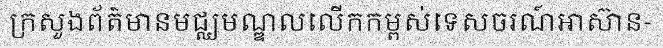
ក្រសួងព័ត៌មានមជ្ឈមណ្ឌលលើកកម្ពស់ទេសចរណ៍អាស៊ាន-